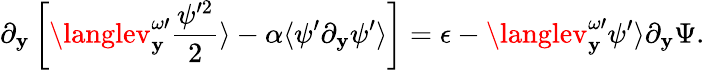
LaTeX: \partial_{\mathbf{y}}\left[\langlev_{\mathbf{y}}^{\omega\prime}\frac{{\psi^{\prime2}}}{{2}}\rangle-\alpha\langle\psi^{\prime}\partial_{\mathbf{y}}\psi^{\prime}\rangle\right]=\epsilon-\langlev_{\mathbf{y}}^{\omega\prime}\psi^{\prime}\rangle\partial_{\mathbf{y}}\Psi.